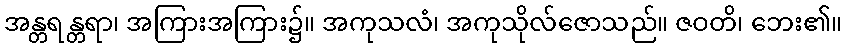
အန္တရန္တရာ၊ အကြားအကြား၌။ အကုသလံ၊ အကုသိုလ်ဇောသည်။ ဇဝတိ၊ ဘေး၏။